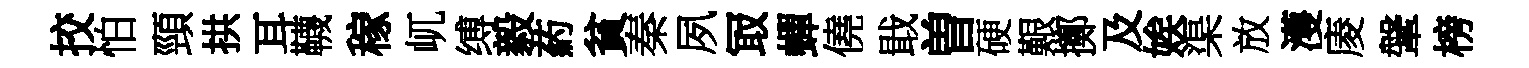
挍怕頸拱耳韈稼屼缚毅葯貧秦夙冣蟬僥戢曽硬艱擲及娭渠放濩庱鞶榜